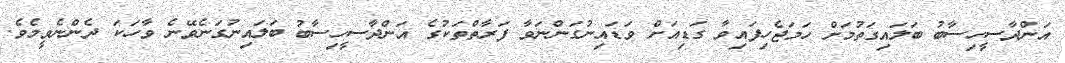
އަންދާސީހިސާބު ބަލައިގަތުމަށް ހަމަޖެހިފައިވާ ގަޑިއަށް ވަޑައިނުގަންނަވާ ފަރާތްތަކުގެ އަންދާސީހިސާބު ބަލައިނުގަނެވޭނެ ވާހަކަ ދެންނެވީމެވެ.